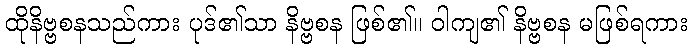
ထိုနိဗ္ဗစနသည်ကား ပုဒ်၏သာ နိဗ္ဗစန ဖြစ်၏။ ဝါကျ၏ နိဗ္ဗစန မဖြစ်ရကား